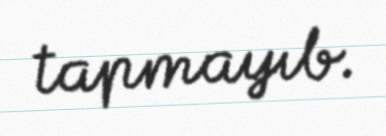
tapmayıb.